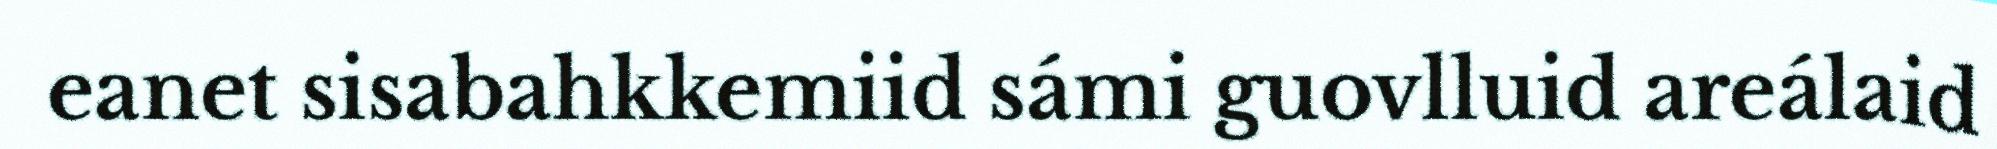
eanet sisabahkkemiid sámi guovlluid areálaid